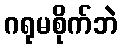
ဂရုမစိုက်ဘဲ